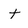
Character: t